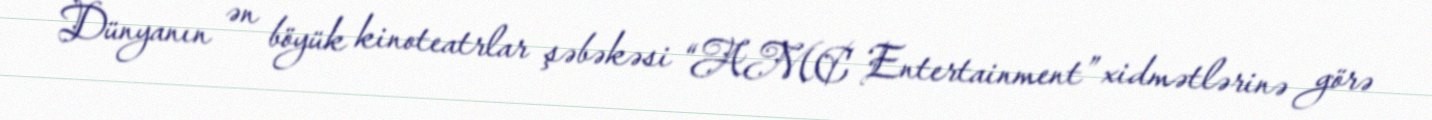
Dünyanın ən böyük kinoteatrlar şəbəkəsi “AMC Entertainment” xidmətlərinə görə